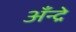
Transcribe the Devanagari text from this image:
अँन्द्रे